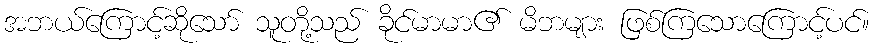
အဘယ်ကြောင့်ဆိုသော် သူတို့သည် ခိုင်မာမာ၏ မိဘများ ဖြစ်ကြသောကြောင့်ပင်။